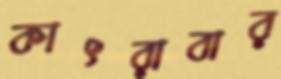
কাৎরাবার